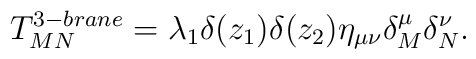
T^{3-brane}_{MN}=\lambda_1\delta(z_1)\delta(z_2)\eta_{\mu\nu}\delta^\mu_M\delta^\nu_N.